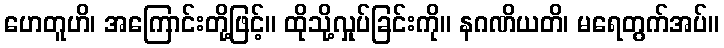
ဟေတူဟိ၊ အကြောင်းတို့ဖြင့်။ ထိုသို့လှုပ်ခြင်းကို။ နဂဏိယတိ၊ မရေတွက်အပ်။